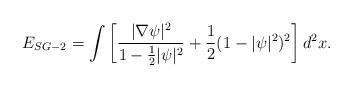
LaTeX: \begin{align*}E_{SG-2} = \int \left[ \frac{|\nabla \psi|^2}{1-\frac{1}{2} |\psi|^2}+ \frac{1}{2} (1 - |\psi|^2)^2 \right] {d^2x}.\end{align*}